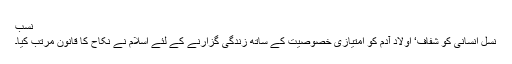
نسب
نسل انسانی کو شفاف‘ اولاد آدم کو امتیازی خصوصیت کے ساتھ زندگی گزارنے کے لئے اسلام نے نکاح کا قانون مرتب کیا۔